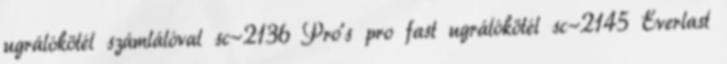
ugrálókötél számlálóval sc-2136 Pro's pro fast ugrálókötél sc-2145 Everlast